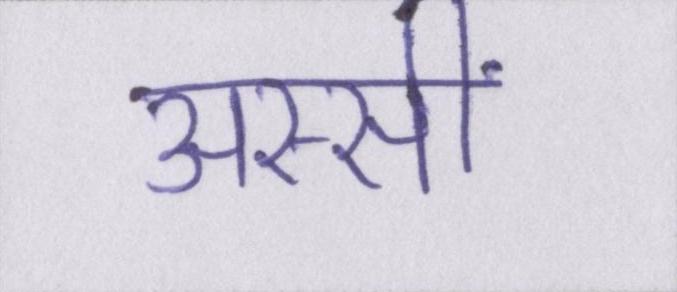
अस्सीं